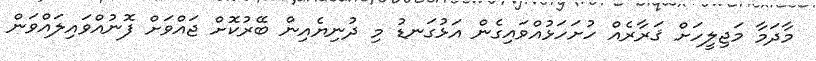
މާދަމާ މަޖިލީހަށް ޤަރާރެއް ހުށަހަޅުއްވައިގެން އަޅުގަނޑު މި ދުނިޔެއިން ބޭރުކޮށް ޖައްވަށް ފޮނުއްވައިލައްވަން